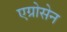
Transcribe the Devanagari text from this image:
एग्रोसेन